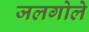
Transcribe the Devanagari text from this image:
जलगोले